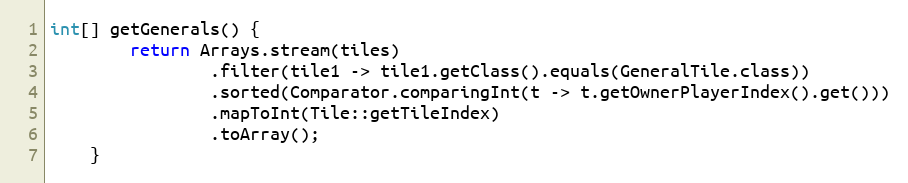
Language: Java
int[] getGenerals() {
        return Arrays.stream(tiles)
                .filter(tile1 -> tile1.getClass().equals(GeneralTile.class))
                .sorted(Comparator.comparingInt(t -> t.getOwnerPlayerIndex().get()))
                .mapToInt(Tile::getTileIndex)
                .toArray();
    }